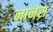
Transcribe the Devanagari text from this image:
नानेस